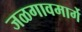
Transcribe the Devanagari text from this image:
जळगावमार्गे